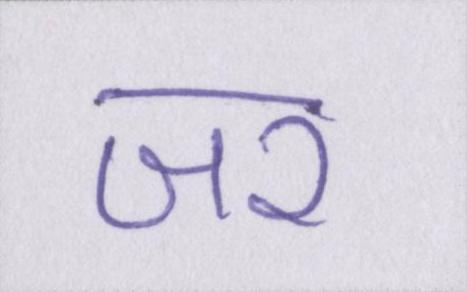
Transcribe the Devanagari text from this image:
जर